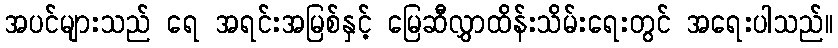
အပင်များသည် ရေ အရင်းအမြစ်နှင့် မြေဆီလွှာထိန်းသိမ်းရေးတွင် အရေးပါသည်။